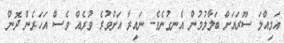
އަމިއްލަ ސޫރައަށް ބަލާލުމުން އެނގުނެވެ. ނައިރާ އަށްވުރެ ވުރެއް ވެސް އަހަރެން ދޮން